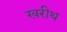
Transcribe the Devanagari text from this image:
खरीथ